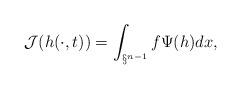
LaTeX: \begin{align*}\mathcal{J}(h(\cdot,t))=\int_{\S^{n-1}}f{\Psi}(h)dx,\end{align*}